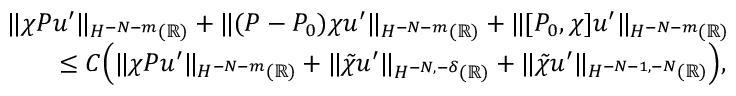
\begin{array} { r l } & { \| \chi P u ^ { \prime } \| _ { H ^ { - N - m } ( \mathbb { R } ) } + \| ( P - P _ { 0 } ) \chi u ^ { \prime } \| _ { H ^ { - N - m } ( \mathbb { R } ) } + \| [ P _ { 0 } , \chi ] u ^ { \prime } \| _ { H ^ { - N - m } ( \mathbb { R } ) } } \\ & { \qquad \leq C \Bigl ( \| \chi P u ^ { \prime } \| _ { H ^ { - N - m } ( \mathbb { R } ) } + \| \tilde { \chi } u ^ { \prime } \| _ { H ^ { - N , - \delta } ( \mathbb { R } ) } + \| \tilde { \chi } u ^ { \prime } \| _ { H ^ { - N - 1 , - N } ( \mathbb { R } ) } \Bigr ) , } \end{array}